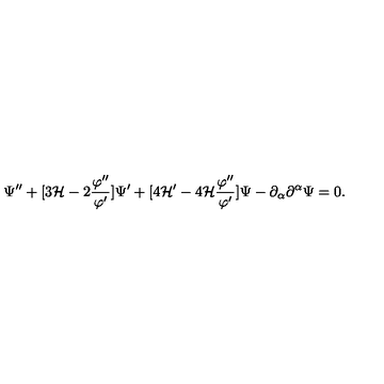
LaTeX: \Psi ^ { \prime \prime } + [ 3 { \cal H } - 2 \frac { \varphi ^ { \prime \prime } } { \varphi ^ { \prime } } ] \Psi ^ { \prime } + [ 4 { \cal H } ^ { \prime } - 4 { \cal H } \frac { \varphi ^ { \prime \prime } } { \varphi ^ { \prime } } ] \Psi - \partial _ { \alpha } \partial ^ { \alpha } \Psi = 0 .